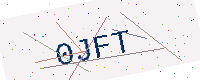
Text: 0JFT